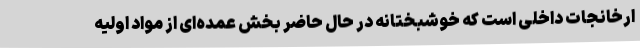
ارخانجات داخلی است که خوشبختانه در حال حاضر بخش عمده‌ای از مواد اولیه